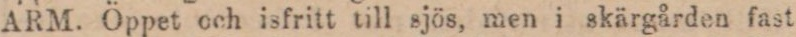
ARM. Öppet och isfritt till sjös, men i skärgården fast